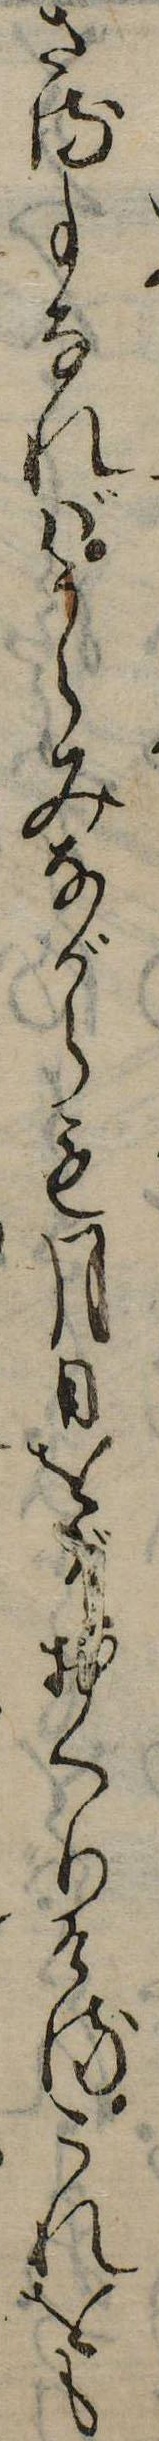
さる事なればうらみながらも月日をぞおくりけるこれをも